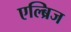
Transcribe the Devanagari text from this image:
एल्ब्रिज